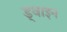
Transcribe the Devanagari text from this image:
ड्वाइन